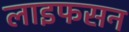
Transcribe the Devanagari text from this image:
लाइफसन